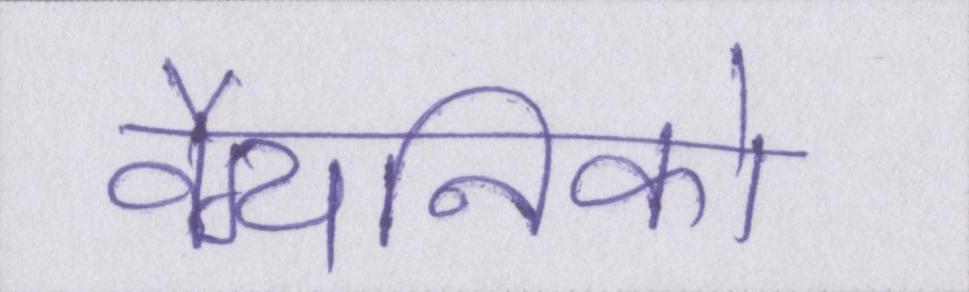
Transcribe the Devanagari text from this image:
वैग्यनिको